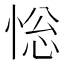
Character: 𢛌